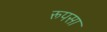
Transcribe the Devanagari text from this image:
रूपसा